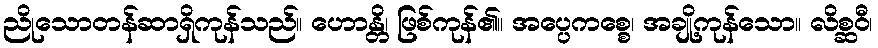
ညိုသောတန်ဆာရှိကုန်သည်။ ဟောန္တိ၊ ဖြစ်ကုန်၏။ အပ္ပေကစ္စေ၊ အချို့ကုန်သော။ လိစ္ဆဝီ၊